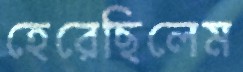
হেরেছিলেম